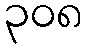
၃၀၈